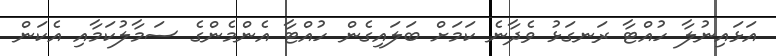
އަޅައިނުލާ ހުއްޓާ ރަނގަޅު ވެދާނެ ކަމަށް ބަލައިގެން ހުއްޓާ އެންމެންގެ ސަމާލުކަމާއި އެކަން